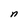
Character: n